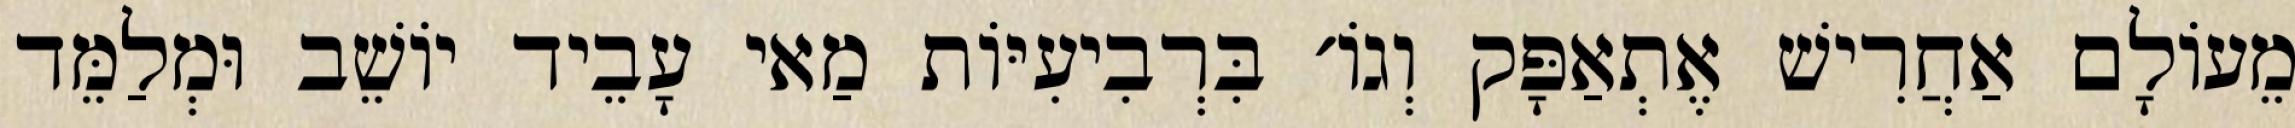
מֵעוֹלָם אַחֲרִישׁ אֶתְאַפָּק וְגוֹ׳ בִּרְבִיעִיּוֹת מַאי עָבֵיד יוֹשֵׁב וּמְלַמֵּד